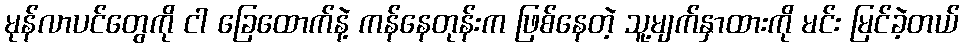
မုန်လာပင်တွေကို ငါ ခြေထောက်နဲ့ ကန်နေတုန်းက ဖြစ်နေတဲ့ သူ့မျက်နှာထားကို မင်း မြင်ခဲ့တယ်